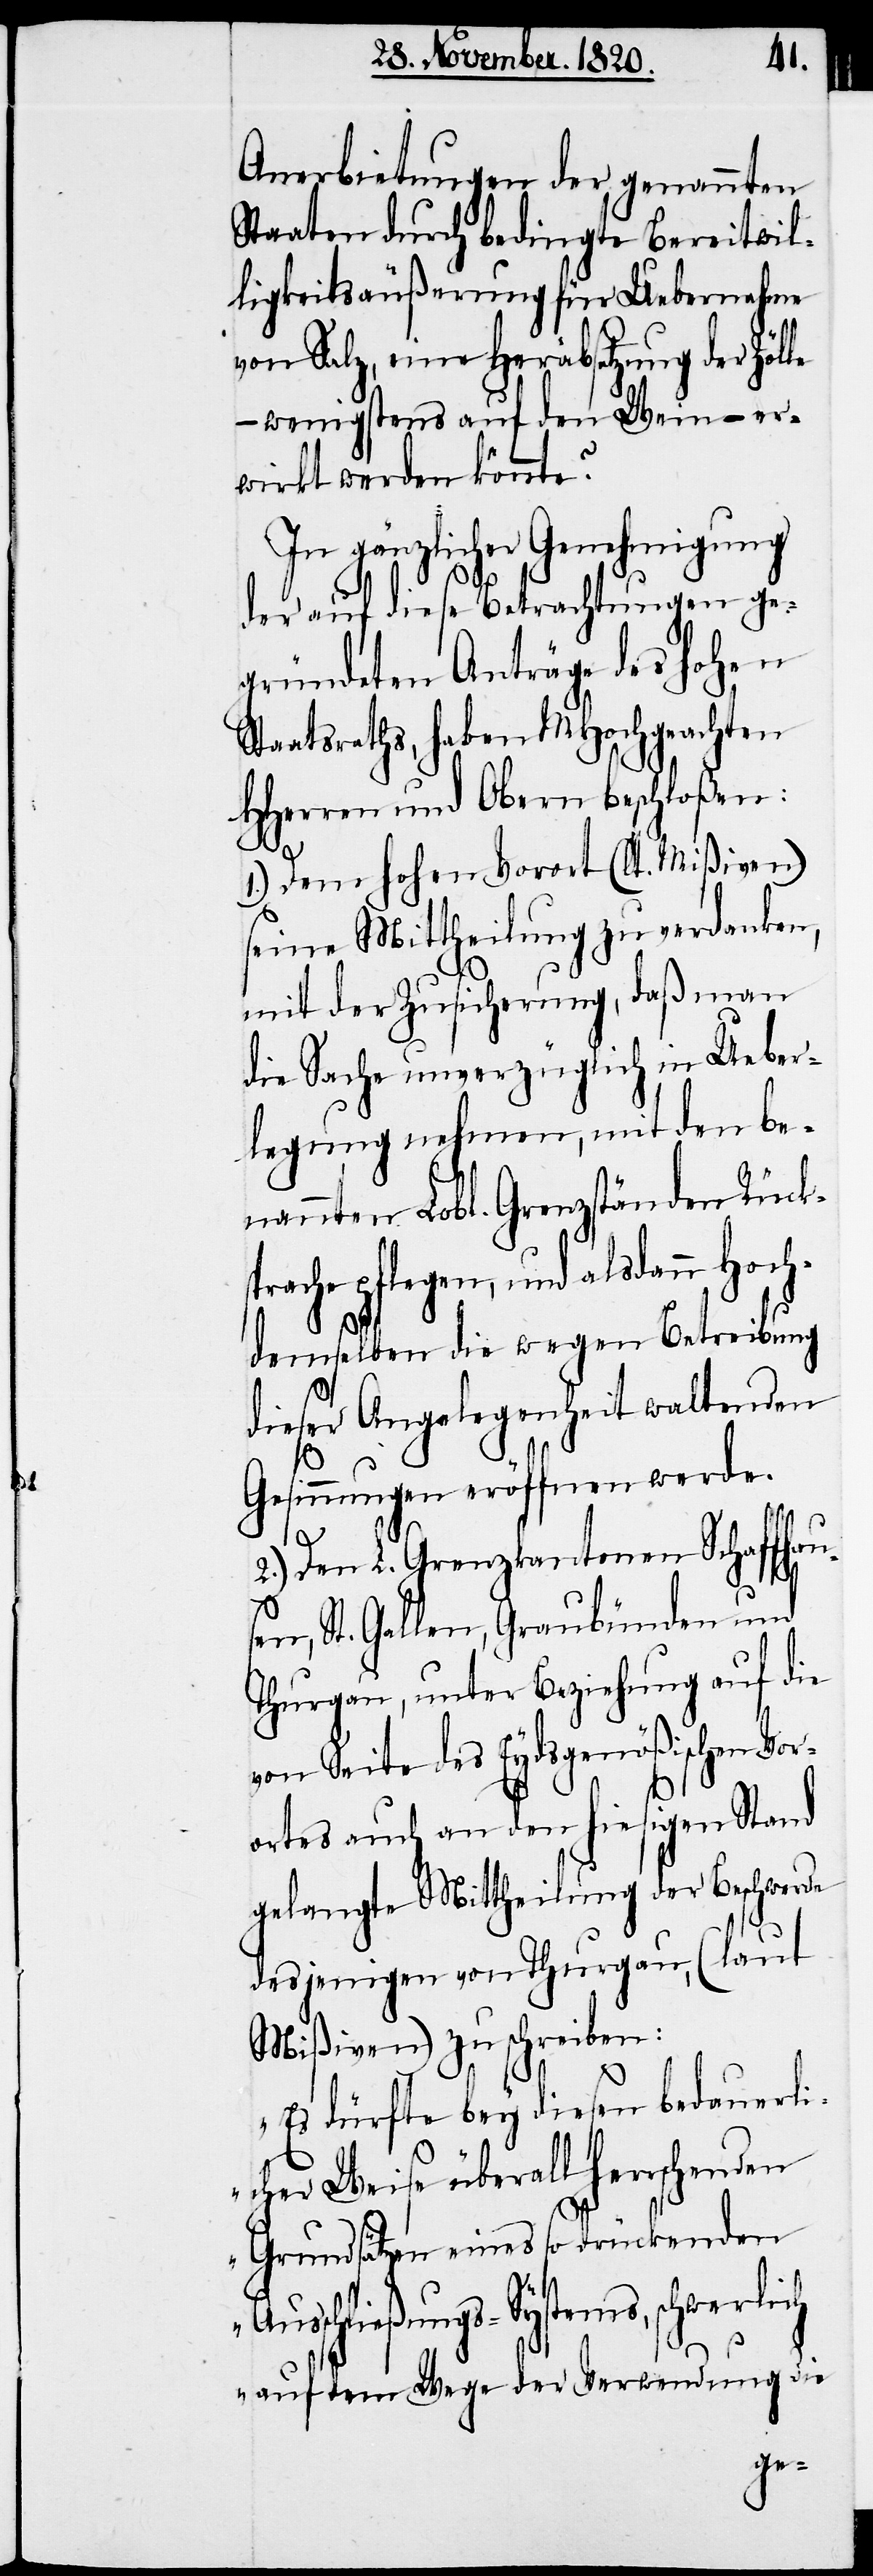
Anerbietungen der genannten
Staaten durch bedingte Bereitwil¬
ligkeitsäußerung für Uebernahme
von Salz, eine Herabsetzung der Zöl¬
wenigstens auf den Wein – er¬
wirkt werden könnte?
In gänzlicher Genehmigung
der auf diese Betrachtungen ge¬
gründeten Anträge des hohen
Staatsraths, haben MHochgeachten
HHerren und Obern beschloßen:
1.) Dem hohen Vorort (lt. Mißiven)
seine Mittheilung zu verdanken,
mit der Zusicherung, daß man
die Sache unverzüglich in Ueber¬
legung nehmen, mit den be¬
nannten Lobl. Grenzständen Rücks¬
prache pflegen und alsdann Hoch¬
demselben die wegen Betreibung
dieser Angelegenheit waltenden
Gesinnungen eröffnen werde.
2.) Den L. Grenzkantonen Schaffhau¬
sen, St. Gallen, Graubünden und
Thurgau, unter Beziehung auf die
von Seite des Eydsgenößischen Vor¬
ortes auch an den hiesigen Stand
gelangte Mittheilung der Beschwerde
desjenigen von Thurgau, (laut
Mißiven) zu schreiben:
„Es dürfte bey diesen bedauerli¬
cher Weise überall herrschen¬
Grundsätzen eines so drückenden
auf dem Wege der Verwendung die
den